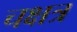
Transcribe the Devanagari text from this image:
चक्षत्र